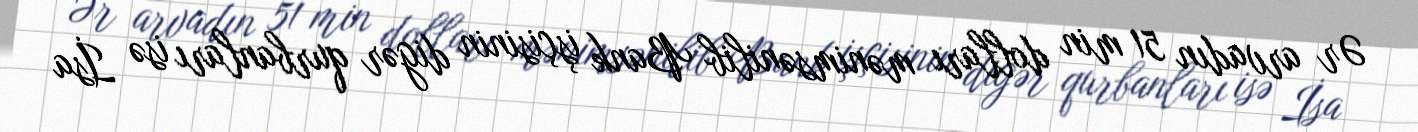
Ər arvadın 51 min dolları mənimsənilib Bank işçisinin digər qurbanları isə İsa